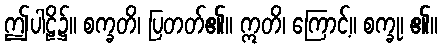
ဤပါဠိ၌။ စက္ခတိ၊ ပြတတ်၏။ ဣတိ၊ ကြောင့်။ စက္ခု၊ ၏။